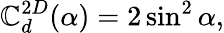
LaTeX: \mathbb{C}_{d}^{2D}(\alpha)=2\sin^{2}\alpha,